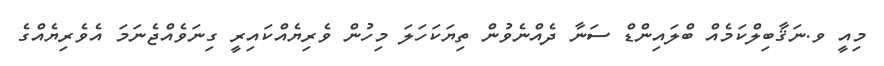
މިއީ ވ.ނަޤާބިލްކަމެއް ބްލައިންޑް ސަނާ ދެއްނެވުން ތިޔަކަހަލަ މިހުން ވެރިޔެއްކައިރީ ގިނަވެއްޖެނަމަ އެވެރިޔެއްގެ